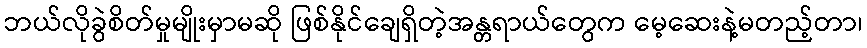
ဘယ်လိုခွဲစိတ်မှုမျိုးမှာမဆို ဖြစ်နိုင်ချေရှိတဲ့အန္တရာယ်တွေက မေ့ဆေးနဲ့မတည့်တာ၊